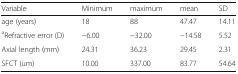
| Variable | Minimum | maximum | mean | SD |
 | --- | --- | --- | --- | --- |
 | age (years) | 18 | 88 | 47.47 | 14.11 |
 | aRefractive error (D) | −6.00 | −32.00 | −14.58 | 5.52 |
 | Axial length (mm) | 24.31 | 36.23 | 29.45 | 2.31 |
 | SFCT (um) | 10.00 | 337.00 | 83.77 | 54.64 |